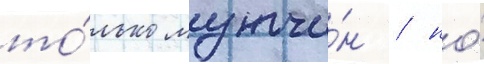
то́лько мужчи́н / но́